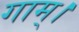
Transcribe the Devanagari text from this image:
गाम्।